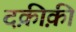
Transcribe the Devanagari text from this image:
दक़ीक़ी